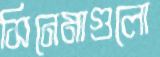
সিনেমাগুলো